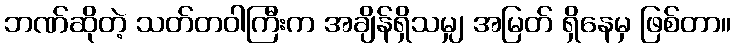
ဘဏ်ဆိုတဲ့ သတ်တဝါကြီးက အချိန်ရှိသမျှ အမြတ် ရှိနေမှ ဖြစ်တာ။